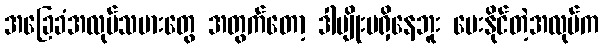
အခြေခံအလုပ်သမားတွေ အတွက်တော့ ဒါမျိုးမရှိနေဘူး ပေးနိုင်တဲ့အလုပ်က